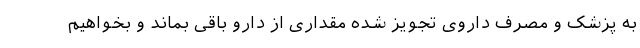
به پزشک و مصرف داروی تجویز شده مقداری از دارو باقی بماند و بخواهیم